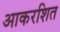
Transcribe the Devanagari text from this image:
आकरशित